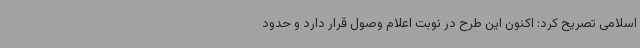
اسلامی تصریح کرد: اکنون این طرح در نوبت اعلام وصول قرار دارد و حدود